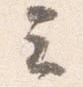
云